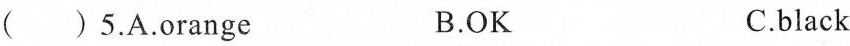
( )5.A.Orange B.OK C.black